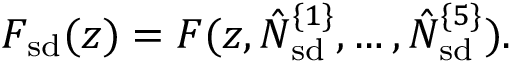
F _ { \mathrm { s d } } ( z ) = F ( z , \hat { N } _ { \mathrm { s d } } ^ { \{ 1 \} } , \ldots , \hat { N } _ { \mathrm { s d } } ^ { \{ 5 \} } ) .